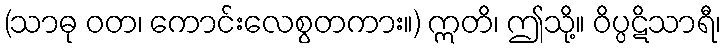
(သာဓု ဝတ၊ ကောင်းလေစွတကား။) ဣတိ၊ ဤသို့။ ဝိပ္ပဋိသာရီ၊